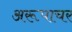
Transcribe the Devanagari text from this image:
अरूपाचर